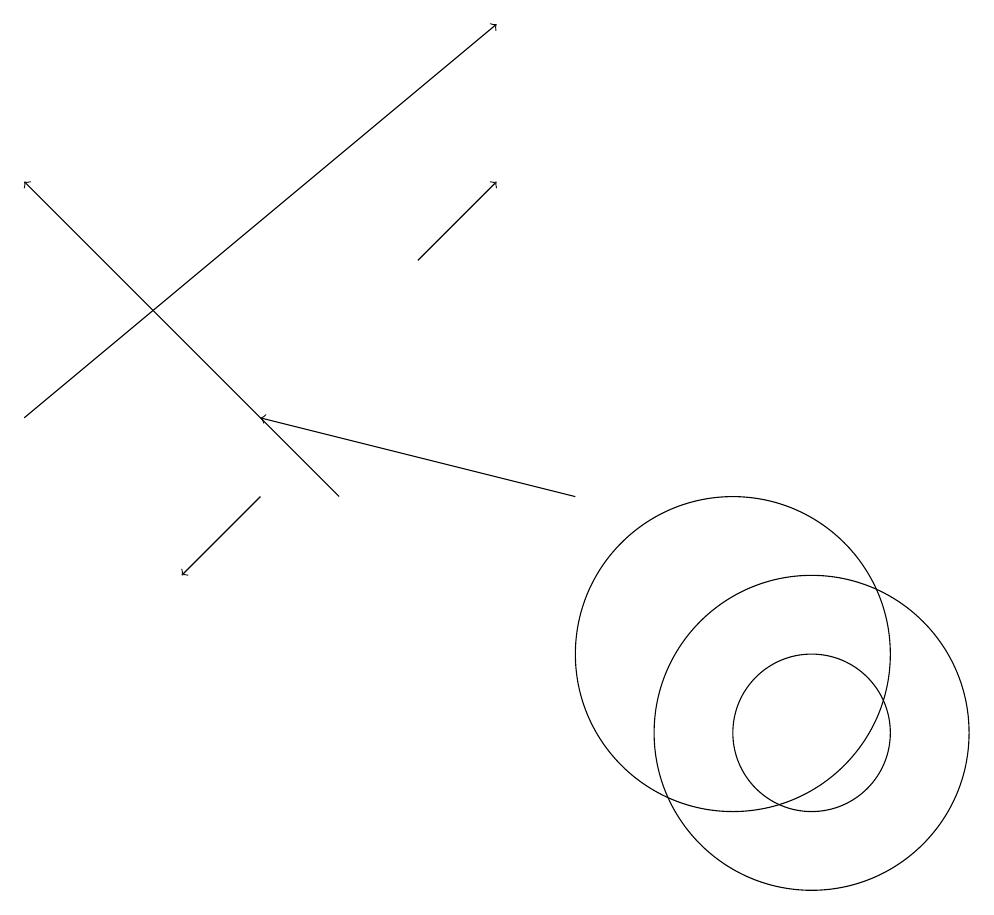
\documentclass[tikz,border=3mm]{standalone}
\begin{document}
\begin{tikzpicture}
\draw (10,11) circle (2);
\draw[->] (1,14) -- (7,19);
\draw (11,10) circle (1);
\draw (11,10) circle (2);
\draw[->] (4,13) -- (3,12);
\draw[->] (6,16) -- (7,17);
\draw[->] (8,13) -- (4,14);
\draw[->] (5,13) -- (1,17);
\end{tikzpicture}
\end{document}